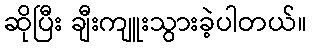
ဆိုပြီး ချီးကျူးသွားခဲ့ပါတယ်။